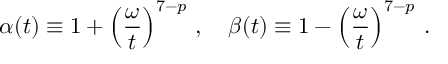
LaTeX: \alpha ( t ) \equiv 1 + \left( { \frac { \omega } { t } } \right) ^ { 7 - p } \, , \quad \beta ( t ) \equiv 1 - \left( { \frac { \omega } { t } } \right) ^ { 7 - p } \, .